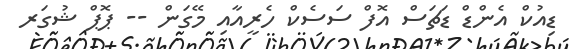
ޑިއުކް އެންޑް ޑަޗަސް އޮފް ސަސެކް ހެރީއާއި މޭގަން -- ޕޮޕް ޝުގަރ